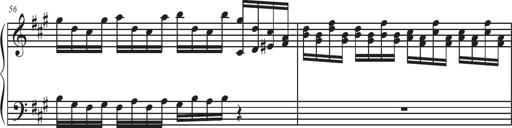
Title: Sonatina Espania
Composer: Jerald Franklin Archer
Key: Various